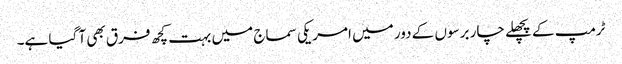
ٹرمپ کے پچھلے چار برسوں کے دور میں امریکی سماج میں بہت کچھ فرق بھی آ گیا ہے۔